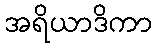
အရိယာဒိကာ